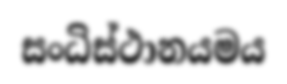
සංධිස්ථානයමය